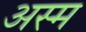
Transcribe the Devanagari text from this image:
अस्म